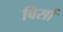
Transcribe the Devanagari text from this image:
विर्सा